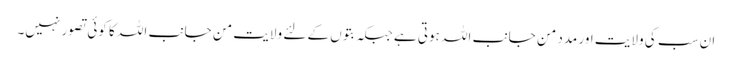
ان سب کی ولایت اور مدد من جانب اللہ ہوتی ہے جبکہ بتوں کے لئے ولایت من جانب اللہ کا کوئی تصور نہیں۔